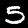
Label: 5